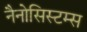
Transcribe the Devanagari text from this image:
नैनोसिस्टम्स